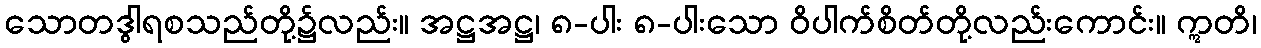
သောတဒွါရစသည်တို့၌လည်း။ အဋ္ဌအဋ္ဌ၊ ၈-ပါး ၈-ပါးသော ဝိပါက်စိတ်တို့လည်းကောင်း။ ဣတိ၊